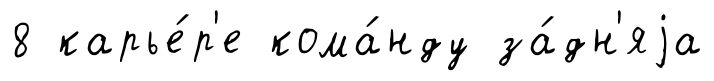
8 карье́р'е кома́нду за́дн'яjа